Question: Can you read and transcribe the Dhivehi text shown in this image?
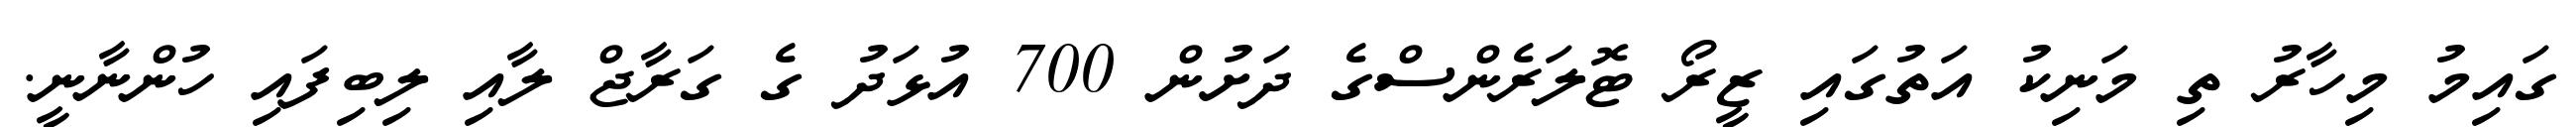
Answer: ގައިމު މިހާރު ތި މަނިކު އަތުގައި ޒީރޯ ޓޮލަރެންސްގެ ދަށުން 700 އުޅަދު ގެ ގަރާޖް ލާއި ލިބިފައި ހުންނާނީ.